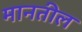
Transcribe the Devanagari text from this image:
मानतील